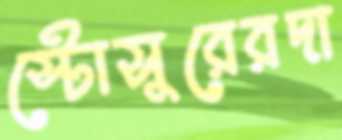
স্টোসুরেরদা